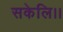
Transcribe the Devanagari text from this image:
सकेलि।।